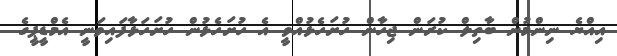
އިއްޔެ ނިންމުން ބާތިލް ކުރަން ޖިހާން ހުށަހެޅުއްވީ އެ ހުށަހެޅުން ހުށަހަޅާފައިވަނީ އެމްޑީޕީގެ